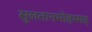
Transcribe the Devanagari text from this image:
सुलतानमोहम्मद